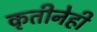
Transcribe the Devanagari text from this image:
कृतीनेही